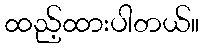
ထည့်ထားပါတယ်။